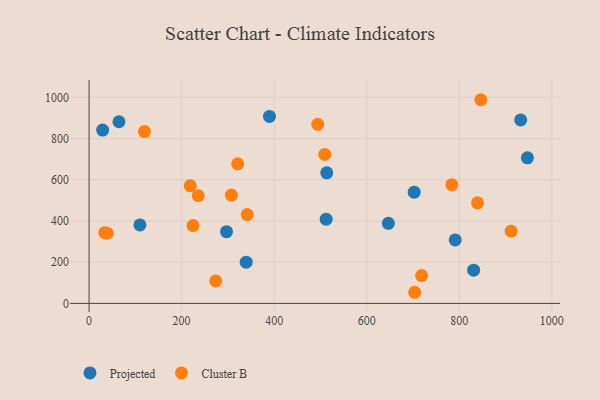
{"axis": {"x": "Study Hours", "y": "Yield"}, "legend": ["Cluster B", "Projected"], "data": [{"x": "932.6", "y": 890.5, "type": "Projected"}, {"x": "64.6", "y": 881.7, "type": "Projected"}, {"x": "791.2", "y": 308.1, "type": "Projected"}, {"x": "947.1", "y": 706.4, "type": "Projected"}, {"x": "513.6", "y": 633.7, "type": "Projected"}, {"x": "297.0", "y": 348.3, "type": "Projected"}, {"x": "109.9", "y": 380.7, "type": "Projected"}, {"x": "702.5", "y": 539.8, "type": "Projected"}, {"x": "389.8", "y": 907.7, "type": "Projected"}, {"x": "29.3", "y": 841.5, "type": "Projected"}, {"x": "646.7", "y": 388.6, "type": "Projected"}, {"x": "512.3", "y": 408.6, "type": "Projected"}, {"x": "831.0", "y": 161.2, "type": "Projected"}, {"x": "339.5", "y": 199.9, "type": "Projected"}, {"x": "34.0", "y": 343.0, "type": "Cluster B"}, {"x": "494.1", "y": 869.4, "type": "Cluster B"}, {"x": "273.7", "y": 109.0, "type": "Cluster B"}, {"x": "839.4", "y": 488.2, "type": "Cluster B"}, {"x": "341.8", "y": 431.2, "type": "Cluster B"}, {"x": "846.6", "y": 988.6, "type": "Cluster B"}, {"x": "307.6", "y": 525.8, "type": "Cluster B"}, {"x": "912.0", "y": 350.7, "type": "Cluster B"}, {"x": "509.3", "y": 722.9, "type": "Cluster B"}, {"x": "718.6", "y": 134.9, "type": "Cluster B"}, {"x": "39.2", "y": 341.0, "type": "Cluster B"}, {"x": "235.9", "y": 522.8, "type": "Cluster B"}, {"x": "224.6", "y": 377.5, "type": "Cluster B"}, {"x": "783.9", "y": 576.4, "type": "Cluster B"}, {"x": "218.7", "y": 570.8, "type": "Cluster B"}, {"x": "703.5", "y": 53.9, "type": "Cluster B"}, {"x": "119.7", "y": 834.0, "type": "Cluster B"}, {"x": "321.2", "y": 677.4, "type": "Cluster B"}]}